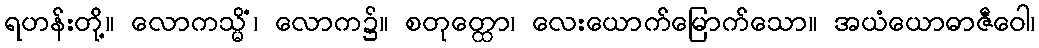
ရဟန်းတို့။ လောကသ္မိံ၊ လောက၌။ စတုတ္ထော၊ လေးယောက်မြောက်သော။ အယံယောဓာဇီဝေါ၊